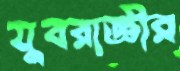
যুবরাজ্ঞীর